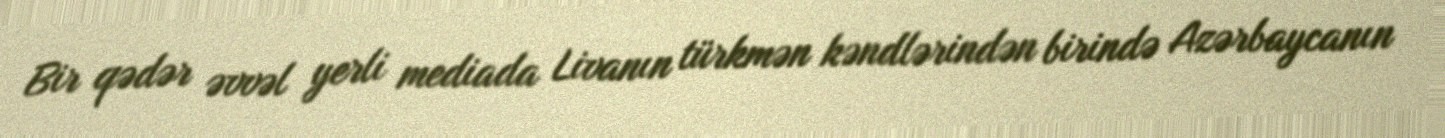
Bir qədər əvvəl yerli mediada Livanın türkmən kəndlərindən birində Azərbaycanın